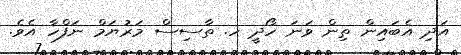
އަދި އެބައިން ތިން ވަނަ ހޯދީ ހ. ތާސިސް މަރުޔަމް ނަފްހާ އެވެ.